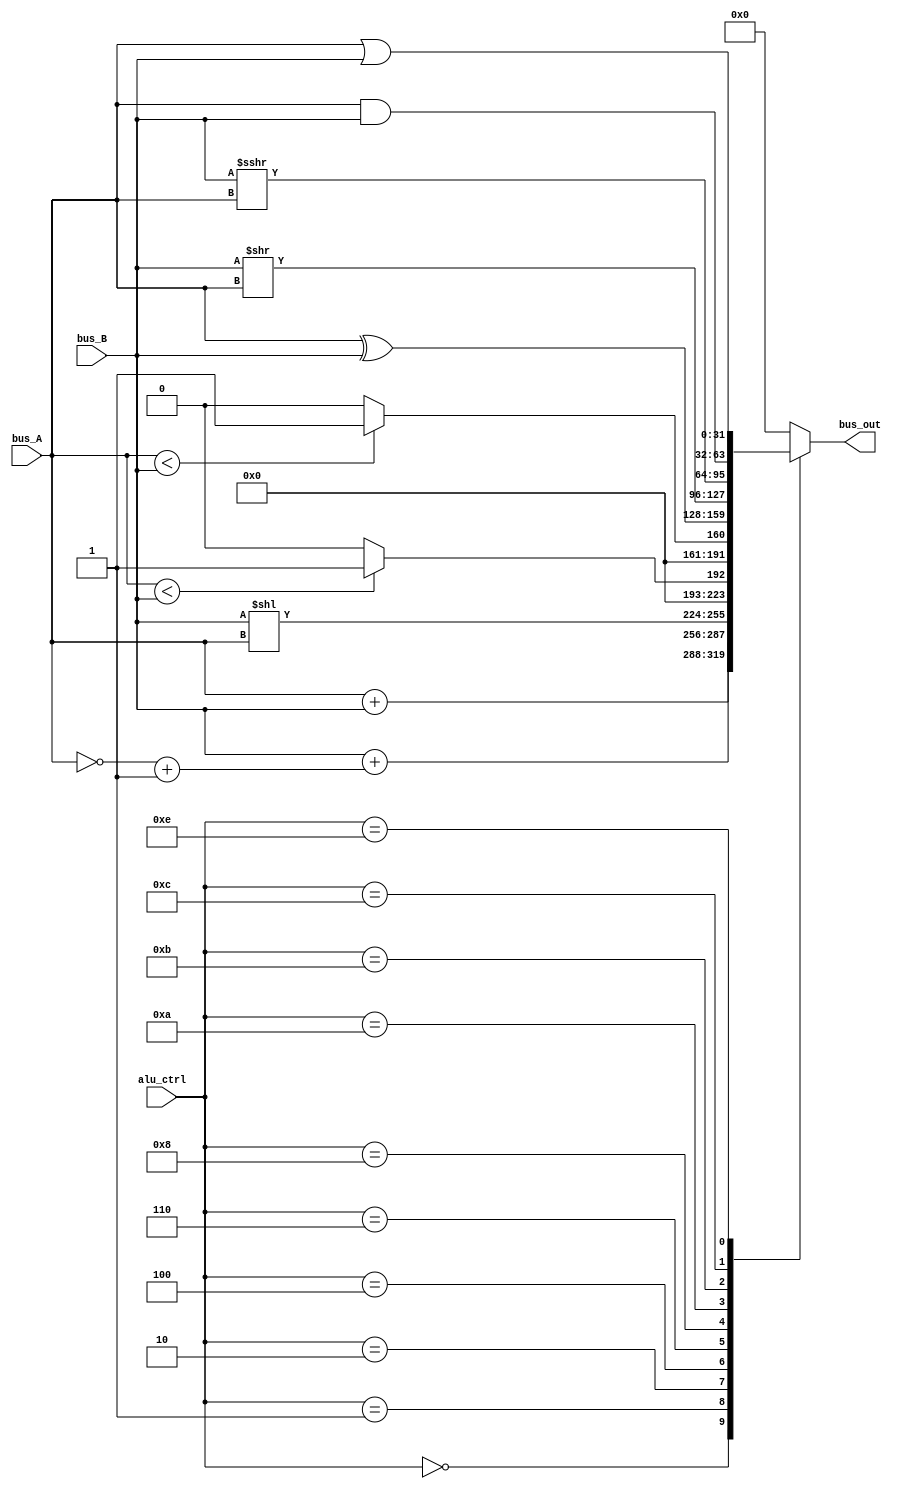
`timescale 1ns / 1ps

module ALU(
    bus_A,
    bus_B,
    alu_ctrl,
    bus_out
    );

parameter DATA_WIDTH = 32;

input  [DATA_WIDTH-1 : 0]   bus_A;
input  [DATA_WIDTH-1 : 0]   bus_B;
input  [3: 0]               alu_ctrl;
output [DATA_WIDTH-1 : 0]   bus_out;

reg [DATA_WIDTH-1 : 0] op_reg;

wire signed [DATA_WIDTH-1 : 0]   bus_A_SIGNED;
wire signed [DATA_WIDTH-1 : 0]   bus_B_SIGNED;

assign bus_out = op_reg;

assign bus_A_SIGNED = $signed(bus_A);
assign bus_B_SIGNED = $signed(bus_B);

//************************************************
//  ALU_CTRL => { FUNC3 , FUNC7[5] }
//************************************************
//  000-0 : ADD
//  000-1 : SUB
//  001-0 : SLL
//  010-0 : SLT
//  011-0 : SLTU
//  100-0 : XOR
//  101-0 : SRL
//  101-1 : SRA
//  110-0 : OR
//  111-0 : AND
//*************************************************
always @(*) begin
    case (alu_ctrl)
        4'b0000 : op_reg = bus_A + bus_B;                     // ADDU

        4'b0001 : op_reg = bus_B +{~bus_A + 1'b1};            // SUBU

        4'b0010 : op_reg = bus_B<<bus_A;                     // SLL

        4'b0100 : begin                                      //  SLT      
            if(bus_A_SIGNED < bus_B_SIGNED)
                op_reg = 32'd1;
            else
                op_reg = 32'd0;
        end

        4'b0110 : begin                                      //  SLTU      
            if(bus_A < bus_B)
                op_reg = 32'd1;
            else
                op_reg = 32'd0;
        end

        4'b1000 : op_reg = bus_A^bus_B;                      // XOR

        4'b1010 : op_reg = bus_B>>bus_A;                      // SRL

        4'b1011 : op_reg = bus_B_SIGNED >>> bus_A_SIGNED;     // SRA
 
        
        4'b1100 : op_reg = bus_A&bus_B;                      // AND
        
        4'b1110 : op_reg = bus_A|bus_B;                      // OR
        
        default : op_reg = 32'd0;    
     
    endcase
    
end
    
endmodule